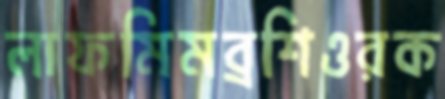
লাফমিমব্রশিওরক